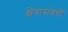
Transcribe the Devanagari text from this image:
क्षेत्रासंबंधीं